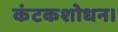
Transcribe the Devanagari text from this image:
कंटकशोधन।